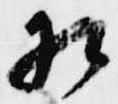
相